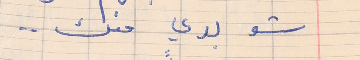
شو بدي منك ..